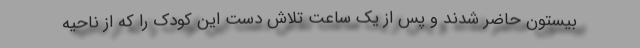
بیستون حاضر شدند و پس از یک ساعت تلاش دست این کودک را که از ناحیه